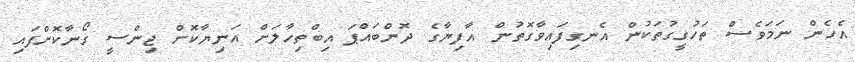
އެހެން ނަމަވެސް ތަހުގީގުތަކުން އެނގިފައިވާގޮތުން އާފިޔާގެ ދޮންބައްޕަ އިބްތިހާލަށް އަނިޔާކޮށް ޖިންސީ ގޯނާކޮށްފައި